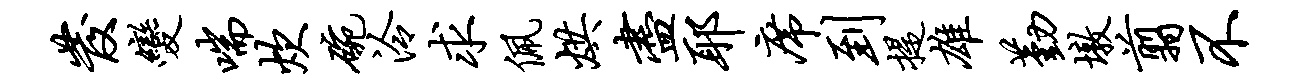
发变喘炊碗泠求佩烘尽耶席到提雄勤墩翦不